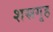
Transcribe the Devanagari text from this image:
शस्रगृह